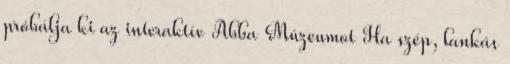
próbálja ki az interaktív Abba Múzeumot Ha szép, lankás